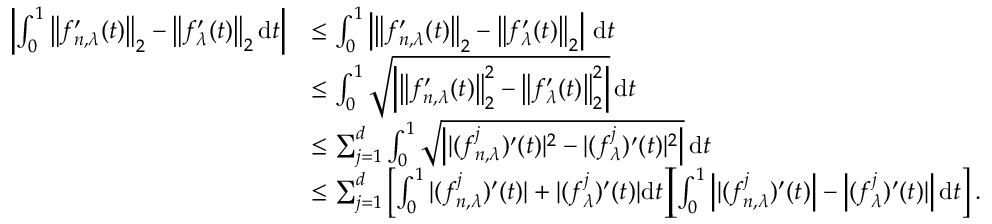
\begin{array} { r l } { \left| \int _ { 0 } ^ { 1 } \left\| f _ { n , \lambda } ^ { \prime } ( t ) \right\| _ { 2 } - \left\| f _ { \lambda } ^ { \prime } ( t ) \right\| _ { 2 } \mathrm { d } t \right| } & { \leq \int _ { 0 } ^ { 1 } \left| \left\| f _ { n , \lambda } ^ { \prime } ( t ) \right\| _ { 2 } - \left\| f _ { \lambda } ^ { \prime } ( t ) \right\| _ { 2 } \right| \, \mathrm { d } t } \\ & { \leq \int _ { 0 } ^ { 1 } \sqrt { \left| \big \| f _ { n , \lambda } ^ { \prime } ( t ) \big \| _ { 2 } ^ { 2 } - \left\| f _ { \lambda } ^ { \prime } ( t ) \right\| _ { 2 } ^ { 2 } \right| } \, \mathrm { d } t } \\ & { \leq \sum _ { j = 1 } ^ { d } \int _ { 0 } ^ { 1 } \sqrt { \left| | ( f _ { n , \lambda } ^ { j } ) ^ { \prime } ( t ) | ^ { 2 } - | ( f _ { \lambda } ^ { j } ) ^ { \prime } ( t ) | ^ { 2 } \right| } \, \mathrm { d } t } \\ & { \leq \sum _ { j = 1 } ^ { d } \left[ \int _ { 0 } ^ { 1 } | ( f _ { n , \lambda } ^ { j } ) ^ { \prime } ( t ) | + | ( f _ { \lambda } ^ { j } ) ^ { \prime } ( t ) | \mathrm { d } t \right] \! \! \left[ \int _ { 0 } ^ { 1 } \left| | ( f _ { n , \lambda } ^ { j } ) ^ { \prime } ( t ) \right| - \left| ( f _ { \lambda } ^ { j } ) ^ { \prime } ( t ) | \right| \mathrm { d } t \right] . } \end{array}